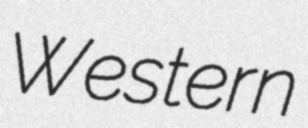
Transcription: Western